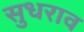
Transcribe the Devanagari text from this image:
सुधराव